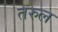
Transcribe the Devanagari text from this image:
तरुल